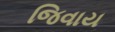
જિવાય